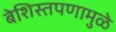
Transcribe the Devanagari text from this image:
बेशिस्तपणामुळे